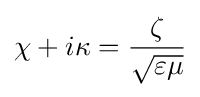
\chi +i\kappa ={\frac {\zeta }{\sqrt {\varepsilon \mu }}}